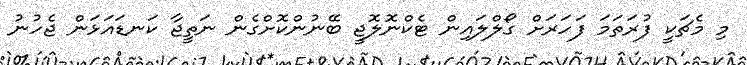
މި މެޗަކީ ފުރަތަމަ ފަހަރަށް ގޯލްލައިން ޓެކްނޮލޮޖީ ބޭނުންކޮށްގެން ނަތީޖާ ކަނޑައަޅަން ޖެހުނު